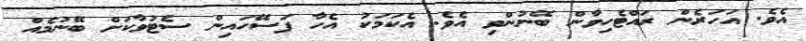
އެވެ. އަހަރެން ރައްޓެހިވާން ބޭނުންވި އެވެ. އެކަމަކު އެހާ ފަސޭހައިން ސެޓުވާކަށް ބޭނުމެއް